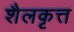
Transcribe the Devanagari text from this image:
शैलकृत्त